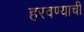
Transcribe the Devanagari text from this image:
हरवण्याची